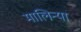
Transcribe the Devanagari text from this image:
मालिन्या